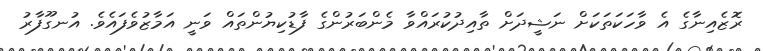
ރޮޒެއިނާގެ އެ ވާހަކަތަކަށް ނަޝީދަށް ތާއިދުކުރައްވާ މެންބަރުންގެ ފާޑުކިޔުންތައް ވަނީ އަމާޒުވެފައެވެ. އުނގޫފާރު